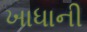
ખાધાની